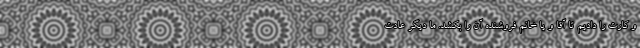
و کارت را دادیم تا آقا و یا خانم فروشنده آن را بکشد. ما دیگر عادت